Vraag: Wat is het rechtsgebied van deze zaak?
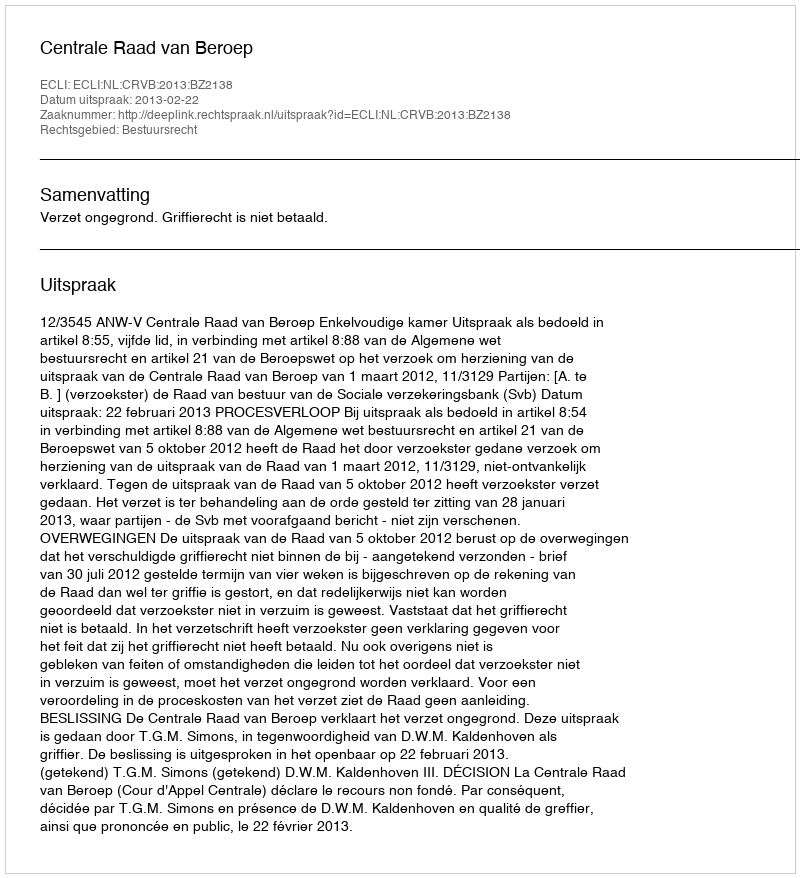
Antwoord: Bestuursrecht